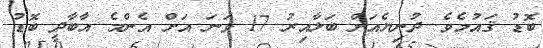
ބޮޑު ޤައުމެވެ. ދުނިޔެއަށް ބަލާއިރު 17 ވަނަ އަށް އެންމެ އާބާދީ ބޮޑު